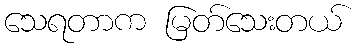
သေရတာက မြတ်သေးတယ်